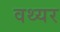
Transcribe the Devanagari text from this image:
वथ्यर